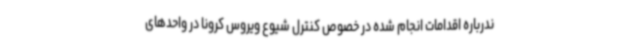
ندرباره اقدامات انجام شده در خصوص کنترل شیوع ویروس کرونا در واحدهای